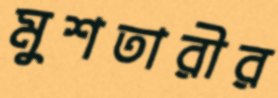
মুশতারীর